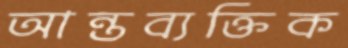
আন্তব্যক্তিক